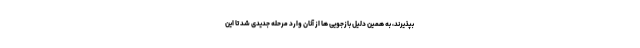
بپذیرند، به همین دلیل بازجویی ها از آنان وارد مرحله جدیدی شد تا این